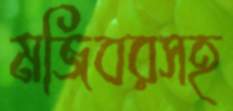
মজিবরসহ